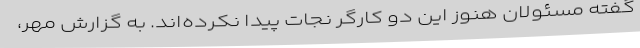
گفته مسئولان هنوز این دو کارگر نجات پیدا نکرده‌اند. به گزارش مهر،